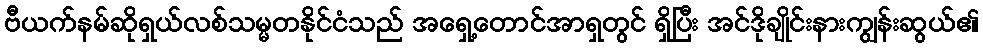
ဗီယက်နမ်ဆိုရှယ်လစ်သမ္မတနိုင်ငံသည် အရှေ့တောင်အာရှတွင် ရှိပြီး အင်ဒိုချိုင်းနားကျွန်းဆွယ်၏